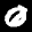
Label: 0